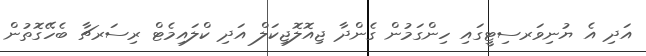
އަދި އެ ޔުނިވަރސިޓީގައި ހިންގަމުން ގެންދާ ޖިއޮލޮޖިކަލް އަދި ކްލައިމެޓް ރިސަރޗާ ބެހޭގޮތުން